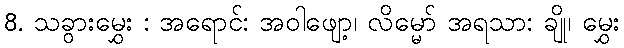
8. သခွားမွှေး : အရောင်: အဝါဖျော့၊ လိမ္မော် အရသာ: ချို၊ မွှေး